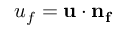
u _ { f } = \mathbf { u } \cdot \mathbf { n _ { f } }